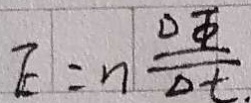
E = n \frac { \Delta \phi } { \Delta t }